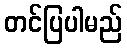
တင်ပြပါမည်